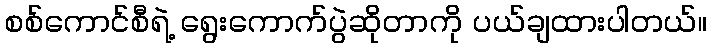
စစ်ကောင်စီရဲ့ ရွေးကောက်ပွဲဆိုတာကို ပယ်ချထားပါတယ်။